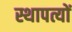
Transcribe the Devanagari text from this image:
स्थापत्यों